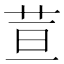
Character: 荁